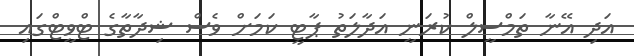
އަދި އޭނާ ތަމްސީލް ކުރަނީ އަދާލަތު ޕާޓީ ކަމަށް ވެސް ޝިދާތާގެ ޓްވީޓްގައި